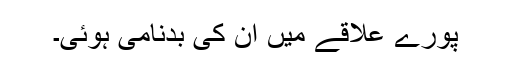
پورے علاقے میں اُن کی بدنامی ہوئی۔